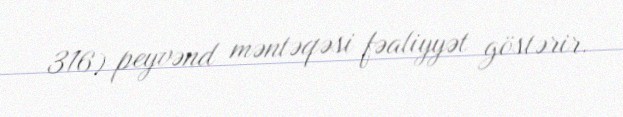
316) peyvənd məntəqəsi fəaliyyət göstərir.